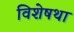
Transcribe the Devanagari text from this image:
विशेषथा